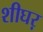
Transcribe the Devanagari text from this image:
शीघऱ